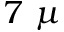
7 ~ \mu